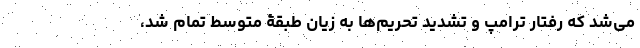
می‌شد که رفتار ترامپ و تشدید تحریم‌ها به زیان طبقۀ متوسط تمام شد،